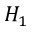
H _ { 1 }